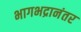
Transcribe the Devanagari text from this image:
भागभद्रानंतर